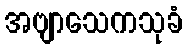
အဗျာသေကသုခံ